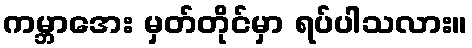
ကမ္ဘာအေး မှတ်တိုင်မှာ ရပ်ပါသလား။